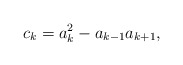
\begin{align*} c_k = a_k^2 - a_{k-1}a_{k+1}, \end{align*}